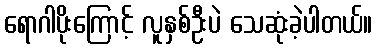
ရောဂါပိုးကြောင့် လူနှစ်ဦးပဲ သေဆုံးခဲ့ပါတယ်။